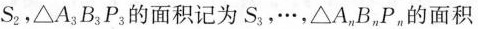
S_{2},\triangle A_{3}B_{3}P_{3}的面积记为S_{3},···，\triangle A_{n}B_{n}P_{n}的面积